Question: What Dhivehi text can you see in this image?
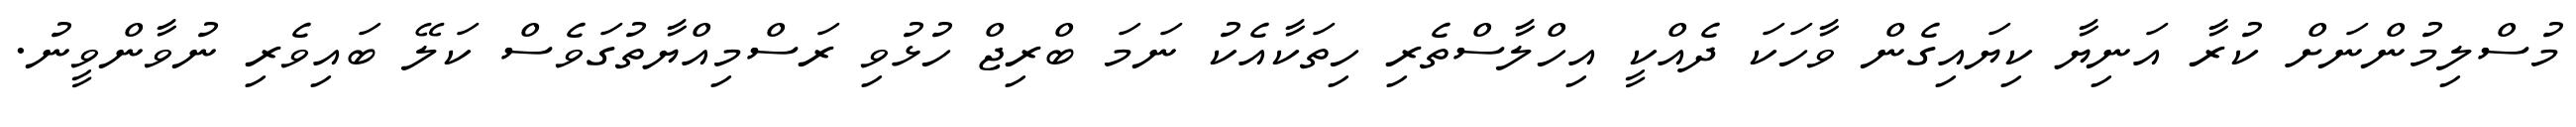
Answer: މުސްލިމުންނަށް ކުރާ އަނިޔާ ކިޔައިގެން ވާހަކަ ދެއްކީ އިހްލާސްތެރި ހިތަކާއެކު ނަމަ ބްރިޖް ހުޅުވި ރަސްމިއްޔާތުގަވެސް ކަލޭ ބައިވެރި ނުވާންވީނު.